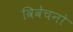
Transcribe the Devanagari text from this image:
विवेचनो